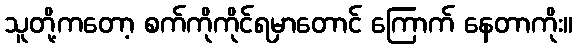
သူတို့ကတော့ စက်ကိုကိုင်ရမှာတောင် ကြောက် နေတာကိုး။